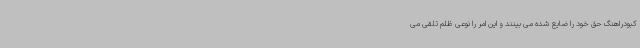
کبودراهنگ حق خود را ضایع شده می بینند و این امر را نوعی ظلم تلقی می